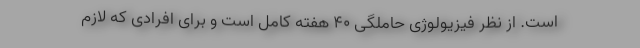
است. از نظر فیزیولوژی حاملگی ۴۰ هفته کامل است و برای افرادی که لازم